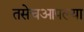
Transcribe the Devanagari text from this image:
तसेचआपल्या